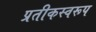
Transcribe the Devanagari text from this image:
प्रतीकस्वरूप